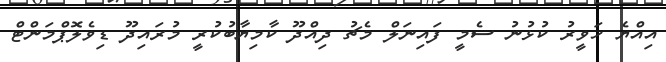
އިއްޔެ ހަވީރު ކުޅުނު ސެމީ ފައިނަލް މެޗު ދިއްދޫ ކާމިޔާބުކުރީ މުރައިދޫ ޑިވެލޮޕްމަންޓް